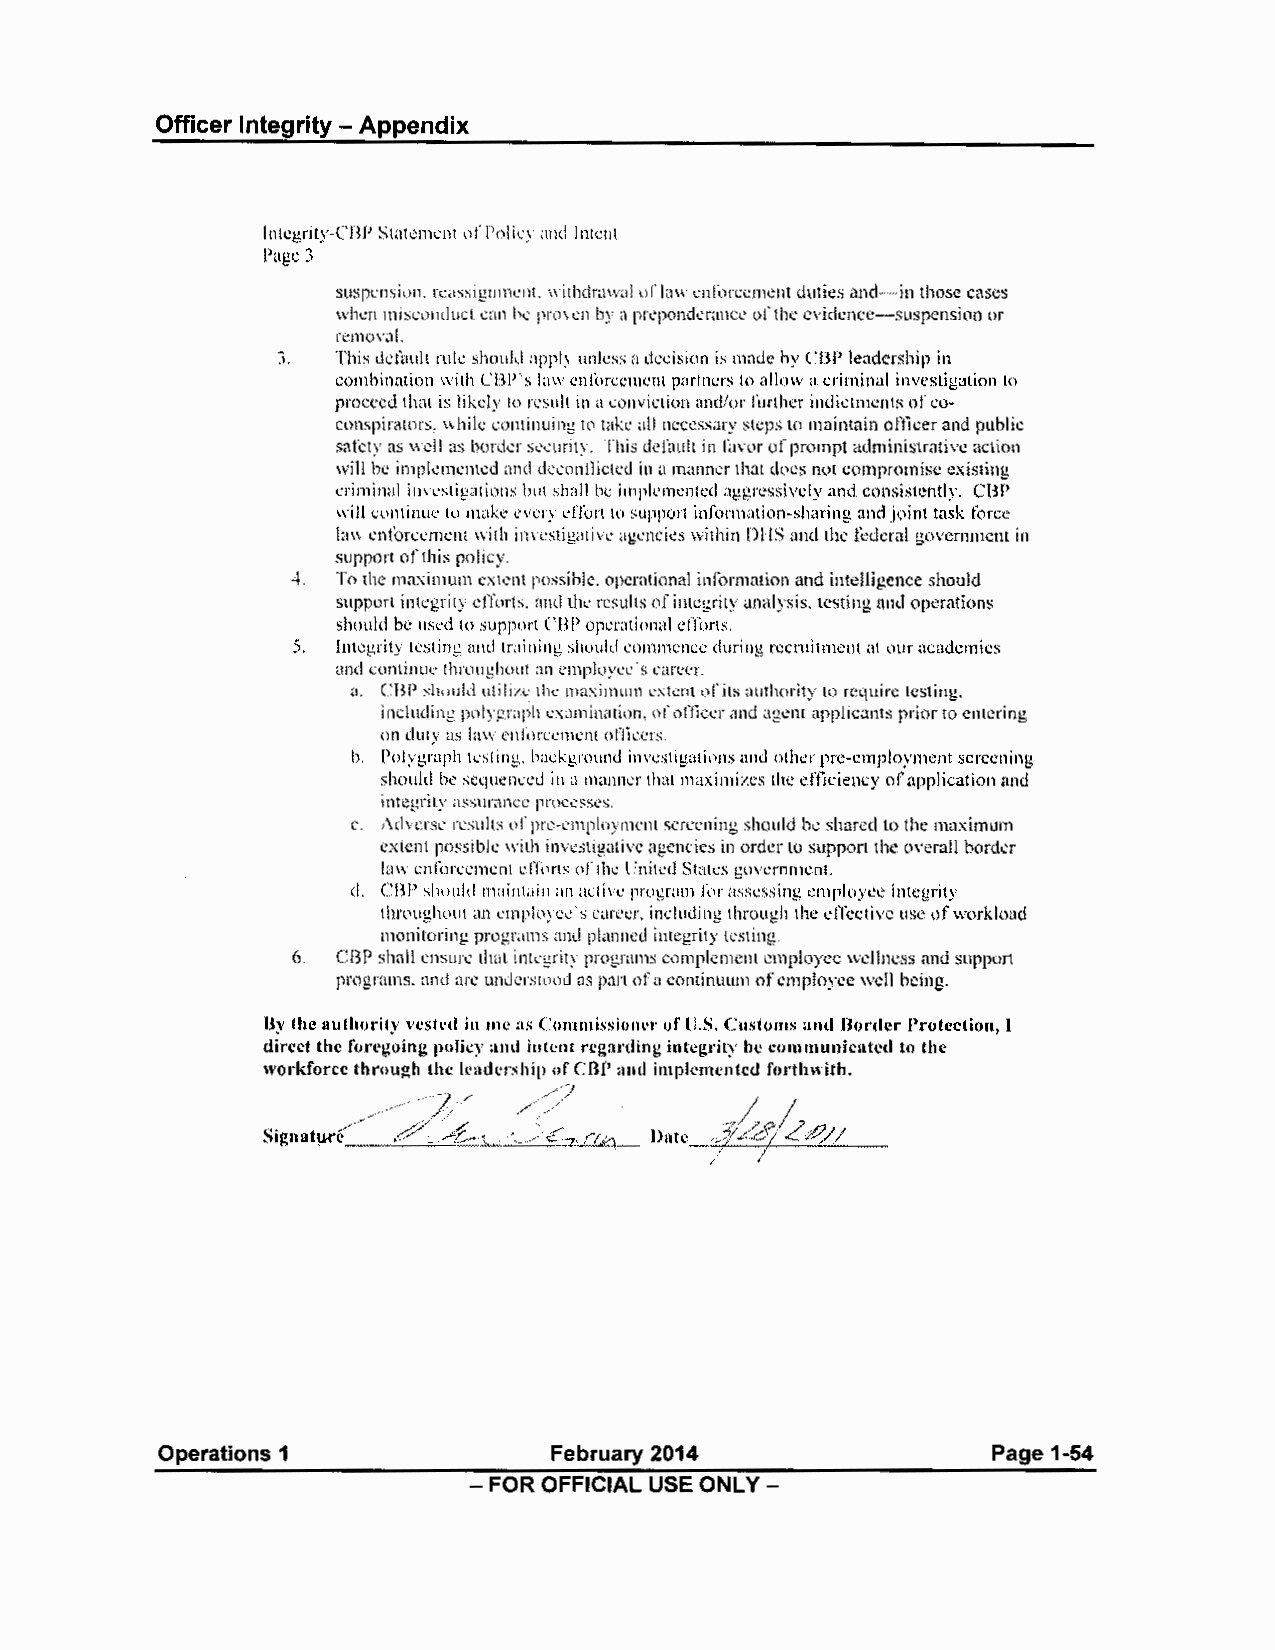
Officer Integrity - Appendix
 lntcgrity-CIW Statement of Policy and Intent
 !'age 3
 SUSflL'flSillll, rL'.ISsiglllllClll. \\ ithdramil oi' la11 Cllfon;cmellt duties and in those eases
 00 0
 wh1:11 misenndta:t can b..: pr<,1 en by a prcponderancc of thl' cvi<kncc-suspension or
 removal.
 3.  This default rnlc should appl) unlcss a decision is made by CBP leadership in
 combination with CIW·s la11 cnforccnwnt partners to allow a niminal investigation to
 proceed that is likely to result in a conviction and/or further indictments of co
 conspirators. while continuing to tah: all necessary steps to maintain officer and public
 safety as well as border ~e..:urity. This default in favor of prompt administrative action
 will be implemented and dceonllicted in a manner that does nvt compromise c.:xisting
 criminal ill\l'Stigations but shall be i1nplemc.:11ted aggressively and consistently. CBP
 will -:ontinuc lo nwk..: cv..:ry effort to ~upport informntion-sharing and joint task force
 la\\ enforcement with i111cs1ig<1tive ngencic.:s within DllS and the foderal government in
 support of this policy.
 4. To the maximum extent possible. operational information and intelligence should
 support int<:grity efforts. and the results of integrity analysis, testing and operations
 should be uscd to support CBP operational efforts.
 5. Integrity testing and training should cummcncc during recruitment al our academics
 and conlinul' throughout ;111 l'mployec·s rnn:l'r.
 or
 a. CBP slwuld utilih: thc maximum extent its authority to require testing.
 including pnlygraph examination. of oflkcr ,md agent applicants prior to entering
 nn duty as la\1 c111'(lreeml'nt otfo:ers.
 b. Polygraph testing. background investigutinns and othcr pre-employment screening
 should be sequenced in a manner that maximizes the eniciency of application and
 integrity assuran..:e pn.lCl'sses.
 or
 c. Adverse results pre-cmploymcnl screening should be shared to the maximum
 extent possible with investigative agencies in ordc.:r to support the o\'erall border
 or
 law ,:nforcl'mcnt ef'lhns lhl· l :nitcd States gm·crn1111:nl.
 d. CBP should maintai11 an ac1i1·c program for assessing employee integrity
 throughout an empl(lycc·s c,1recr, including through the effective use of workload
 monitoring programs and planned integrity testing.
 6. CBP shall ensure that ink.grit~ programs complement employee wellness and suppo11
 programs. and an: undcrstt1nd as part of a continuum of employee well being.
 lly the authori1J vested in me us Conunissioncr of U.S. Customs and Border Protection, I
 direct the foregoing policy and intent regarding integrity he communicated to lhc
 workforce through the leaden hip of CBP and implemented forthwith .
 .-/·//'
 Signatµ.i·c/' ,::::Y .-4'£. \ ~/ :€'..z, {I,;,,.
 Operations 1              February 2014                Page 1-54
 - FOR OFFICIAL USE ONLY -